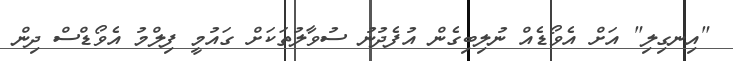
"އިނގިލި" އަށް އެވޯޑެއް ނުލިބިގެން އުފެދުނު ސުވާލުތަކަށް ގައުމީ ފިލްމު އެވޯޑްސް ދިން